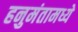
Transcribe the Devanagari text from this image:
हनुमंतामध्ये